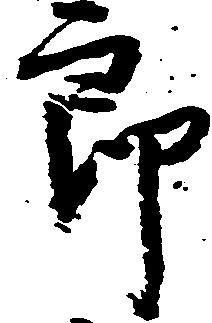
郎